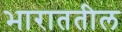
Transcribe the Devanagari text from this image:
भाराततील